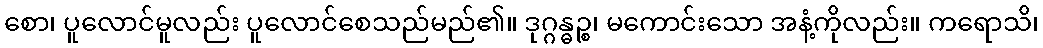
စော၊ ပူလောင်မူလည်း ပူလောင်စေသည်မည်၏။ ဒုဂ္ဂန္ဓဉ္စ၊ မကောင်းသော အနံ့ကိုလည်း။ ကရောသိ၊